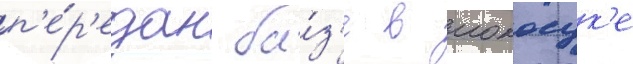
п'е́р'едан ба́з'е в иокосук'е